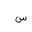
Letter: _sin